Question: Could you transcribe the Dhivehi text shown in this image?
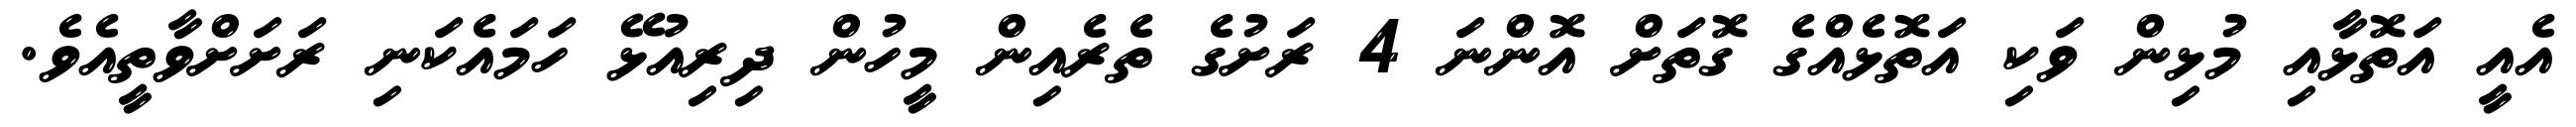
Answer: އެއީ އަތޮޅާއި މުޅިން ވަކި އަތޮޅެއްގެ ގޮތަށް އޮންނަ 4 ރަށުގެ ތެރެއިން މީހުން ދިރިއުޅޭ ހަމައެކަނި ރަށަށްވާތީއެވެ.